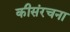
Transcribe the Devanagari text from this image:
कीसंरचना